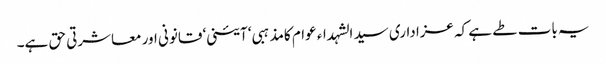
یہ بات طے ہے کہ عزاداری سید الشہداء عوام کامذہبی‘ آئینی‘ قانونی اور معاشرتی حق ہے۔